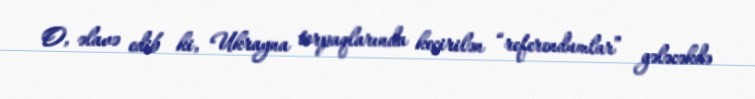
O, əlavə edib ki, Ukrayna torpaqlarında keçirilən “referendumlar” gələcəkdə